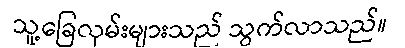
သူ့ခြေလှမ်းများသည် သွက်လာသည်။